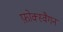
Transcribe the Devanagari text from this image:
फ़ोक्स्वैगन